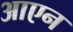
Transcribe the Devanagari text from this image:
आएन